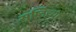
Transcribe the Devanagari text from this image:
सृष्टिच्या